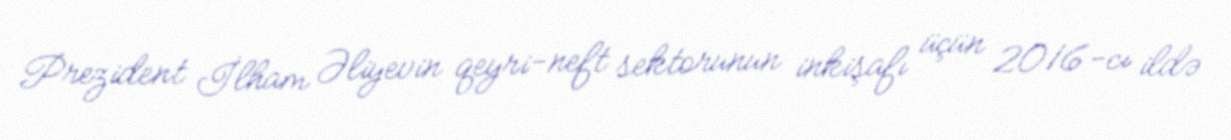
Prezident İlham Əliyevin qeyri-neft sektorunun inkişafı üçün 2016-cı ildə